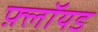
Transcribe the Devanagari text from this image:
फ़्लॉयड